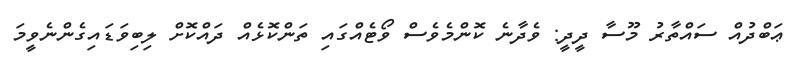
ޢަބްދުއް ސައްތާރު މޫސާ ދީދީ: ވެދާނެ ކޮންމެވެސް ވޯޓެއްގައި ތަންކޮޅެއް ދައްކޮށް ލިބިވަޑައިގެންނެވީމަ